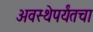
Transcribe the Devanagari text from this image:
अवस्थेपर्यंतचा